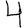
Digit: 4